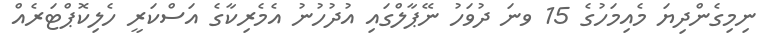
ނިމިގެންދިޔަ މެއިމަހުގެ 15 ވނަ ދުވަހު ނޭޕާލްގައި އުދުހުނު އެމެރިކާގެ އަސްކަރީ ހެލިކޮޕްޓަރެއް